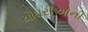
ચૌઘરીઓની